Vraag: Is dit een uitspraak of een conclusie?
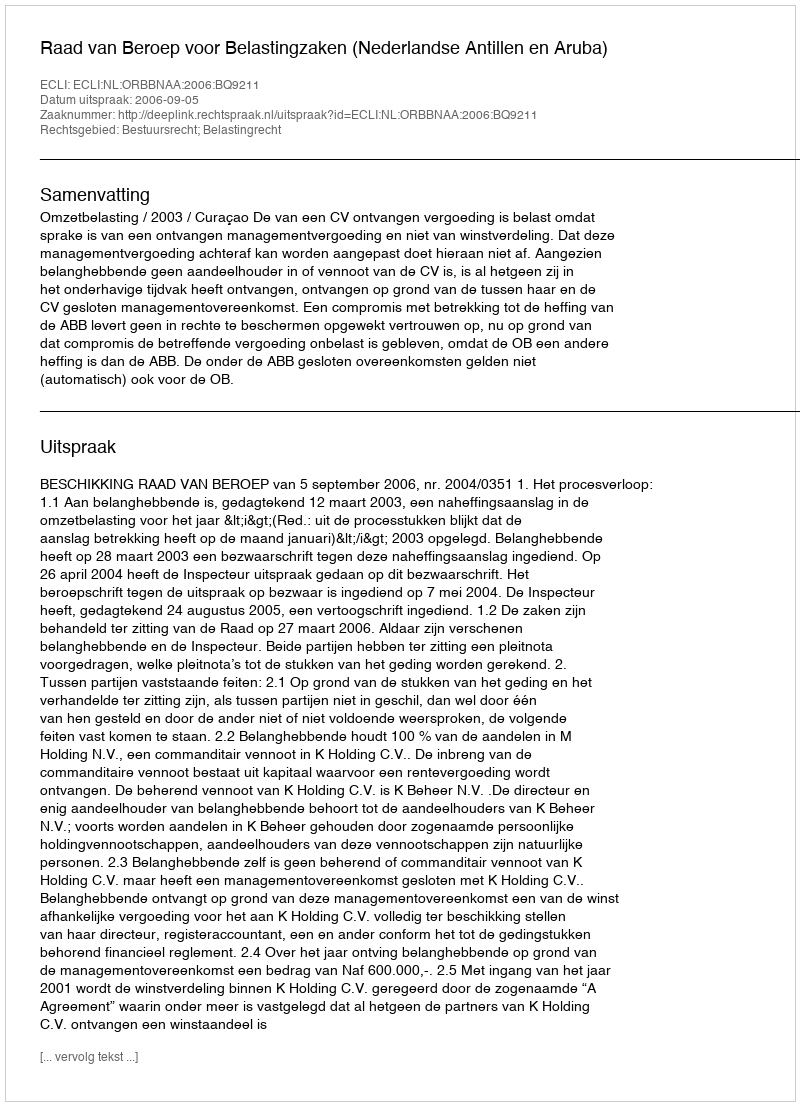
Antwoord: Uitspraak